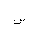
Letter: _sin